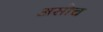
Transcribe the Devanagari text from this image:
असोच